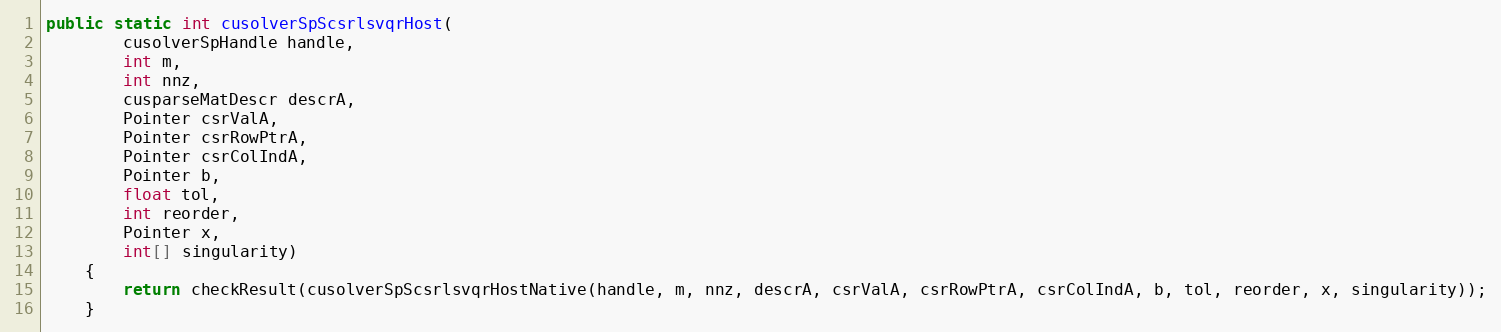
Language: Java
public static int cusolverSpScsrlsvqrHost(
        cusolverSpHandle handle,
        int m,
        int nnz,
        cusparseMatDescr descrA,
        Pointer csrValA,
        Pointer csrRowPtrA,
        Pointer csrColIndA,
        Pointer b,
        float tol,
        int reorder,
        Pointer x,
        int[] singularity)
    {
        return checkResult(cusolverSpScsrlsvqrHostNative(handle, m, nnz, descrA, csrValA, csrRowPtrA, csrColIndA, b, tol, reorder, x, singularity));
    }